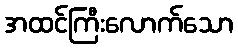
အထင်ကြီးလောက်သော